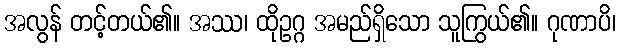
အလွန် တင့်တယ်၏။ အဿ၊ ထိုဥဂ္ဂ အမည်ရှိသော သူကြွယ်၏။ ဂုဏာပိ၊